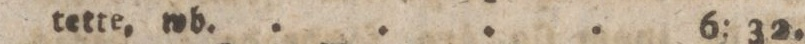
tette. wb. .... 6: 32.